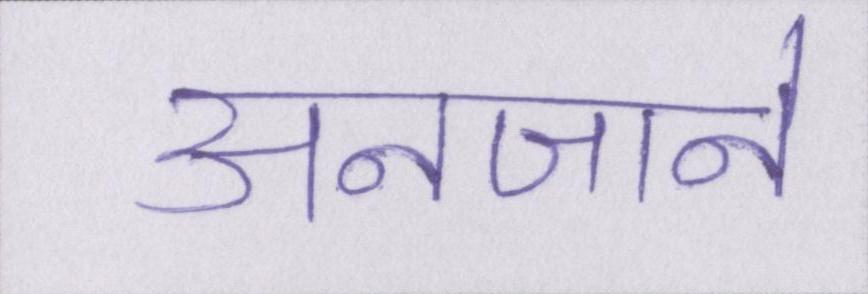
अनजाने